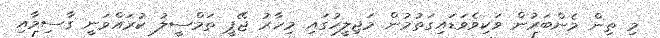
މި ތިން މެންބަރުން ވަކިވެވަޑައިގަތުމުން މަޖިލީހުގައި މިހާރު ޖޭޕީ ތަމްސީލު ކުރައްވަނީ ގާސިމާއި